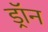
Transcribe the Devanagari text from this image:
ड्रॉन